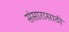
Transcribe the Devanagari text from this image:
संसारासाठी